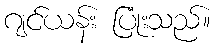
ဂျင်ယန်း ပြုံးသည်။